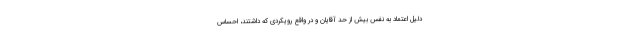
دلیل اعتماد به نفس بیش از حد آقایان و در واقع رویکردی که داشتند، احساس